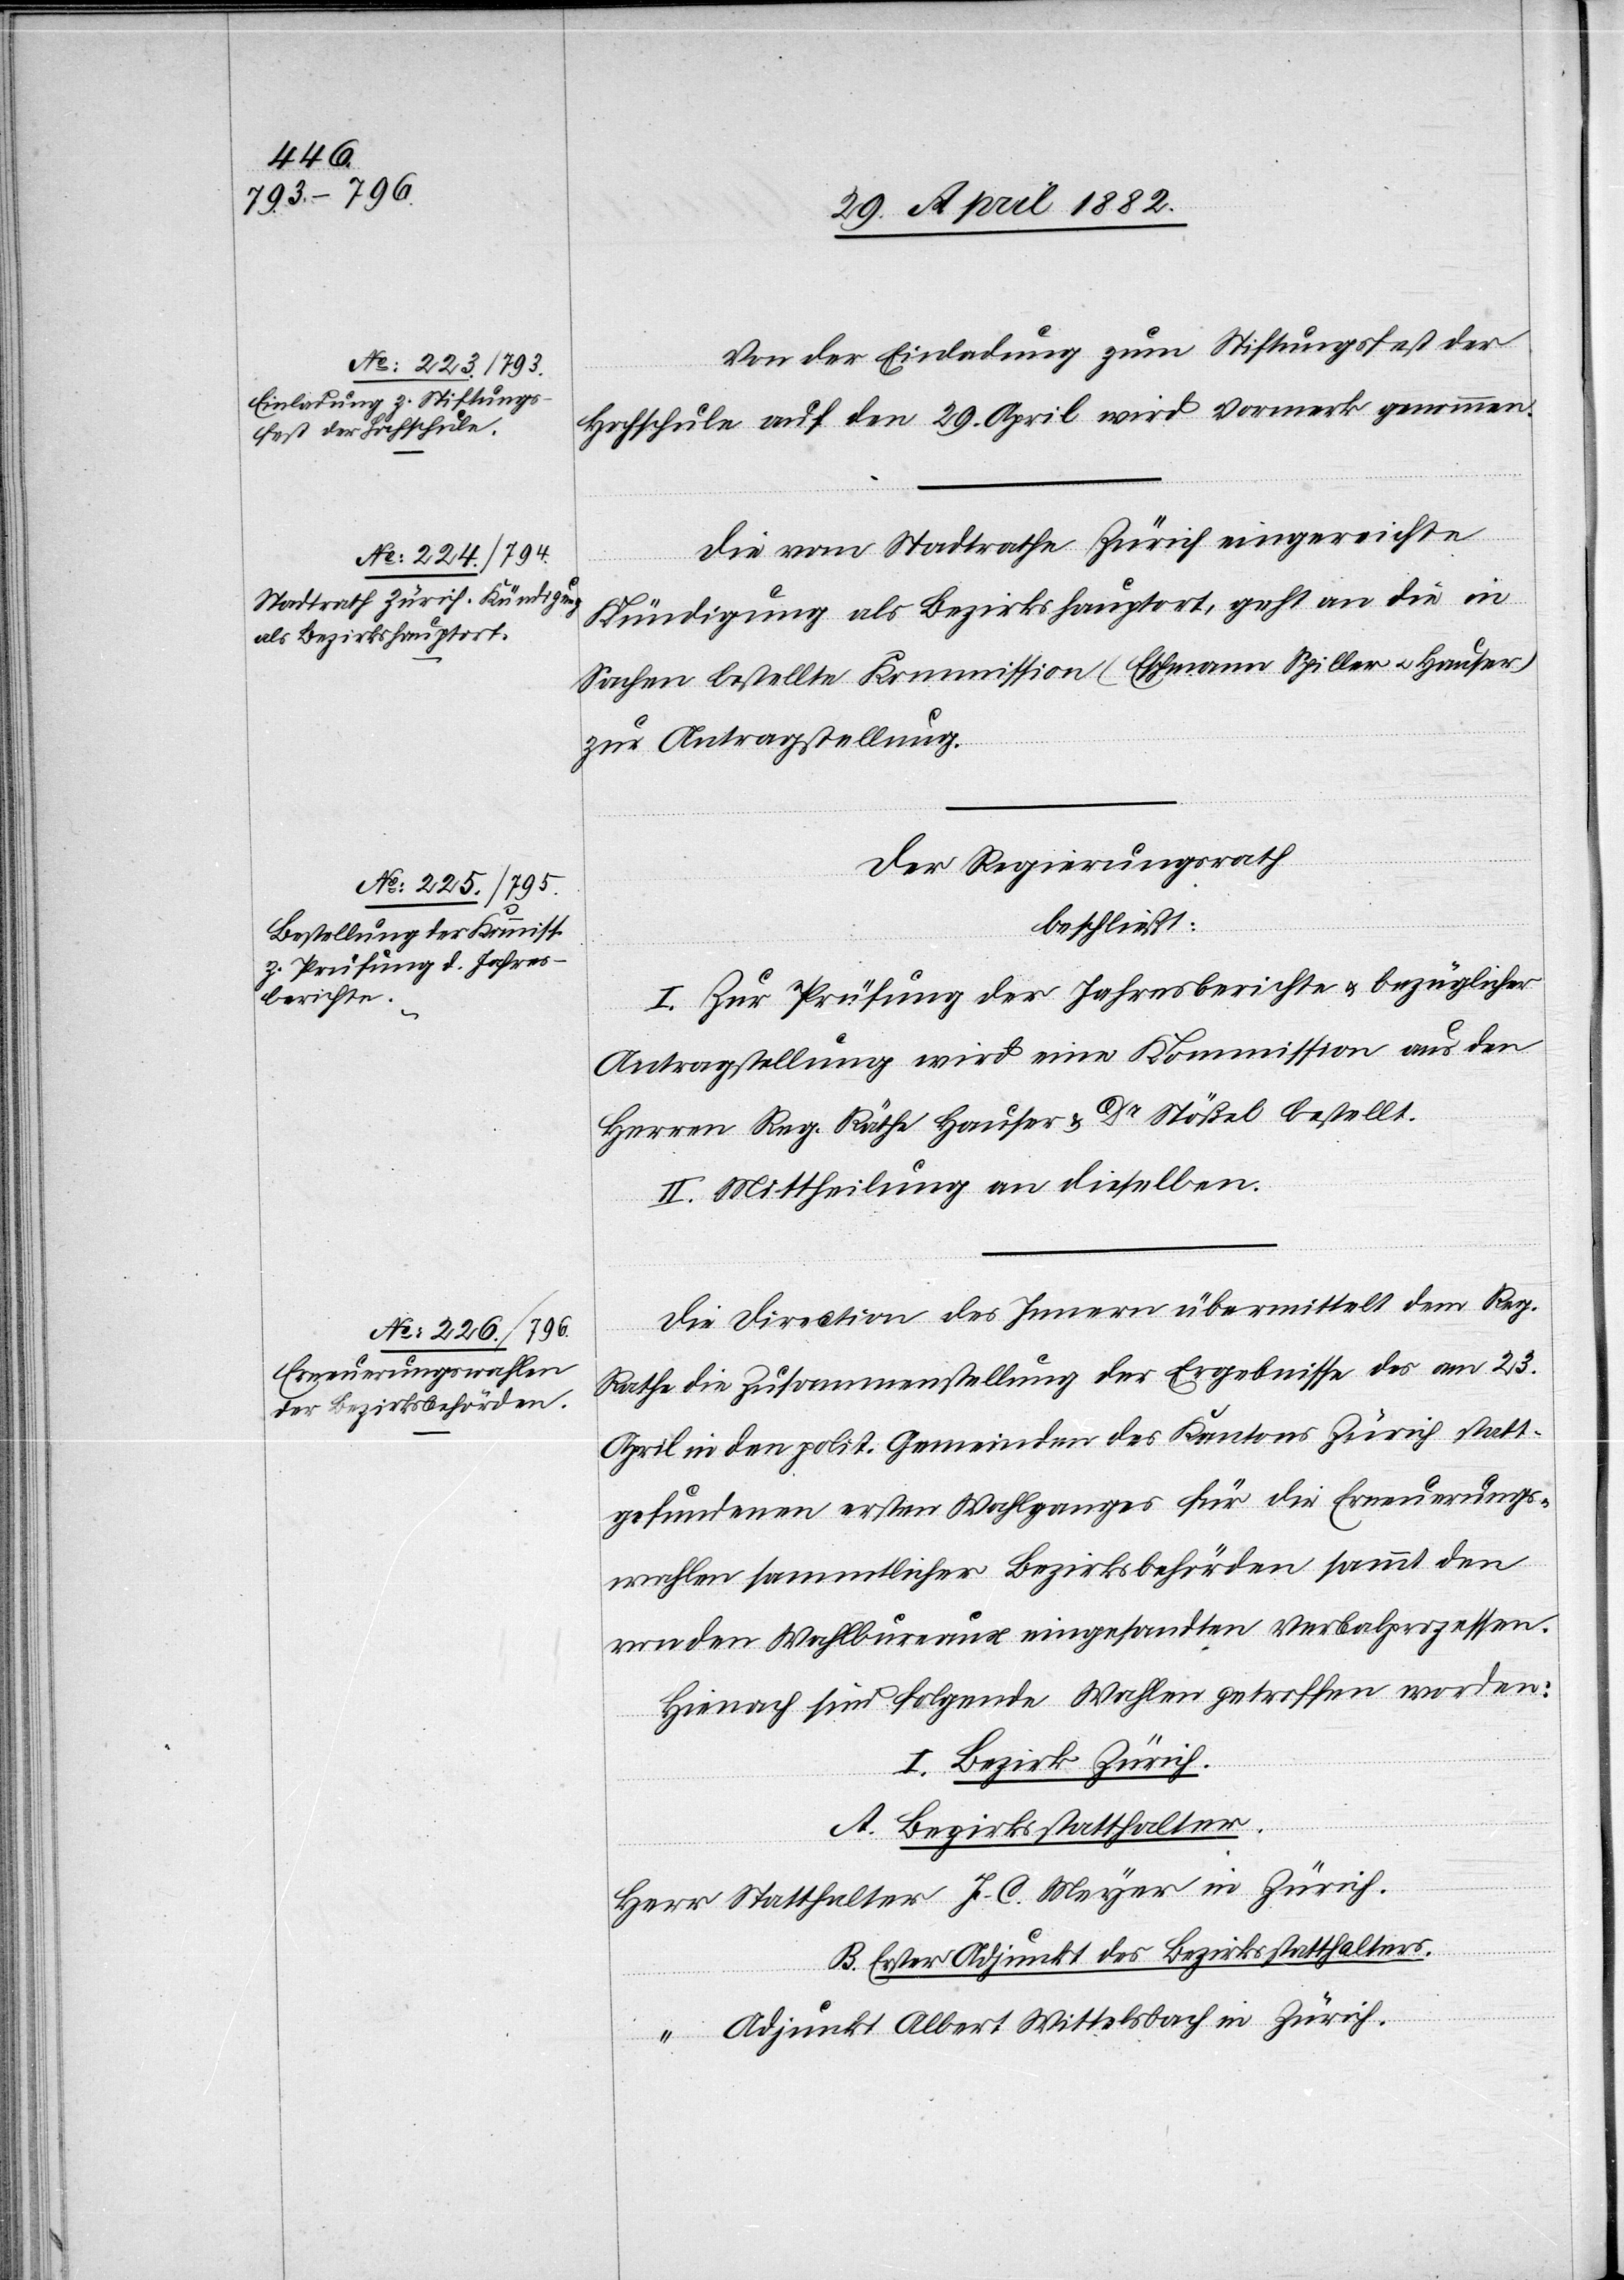
Von der Einladung zum Stiftungsfest der
Hochschule auf den 29. April wird Vormerk genommen.
Die vom Stadtrathe Zürich eingereichte
Kündigung als Bezirkshauptort, geht an die in
Sachen bestellte Kommission (Eschmann[,] Spiller u. Hauser)
zur Antragstellung.
Der Regierungsrath
beschließt:
I. Zur Prüfung der Jahresberichte u. bezüglicher
Antragstellung wird eine Kommission aus den
Herren Reg. Rath Hauser & Dr Stößel bestellt.
II. Mittheilung an dieselben.
Die Direction des Innern übermittelt dem Reg.
Rathe die Zusammenstellung der Ergebnisse des am 23.
April in den polit. Gemeinden des Kantons Zürich statt¬
gefundenen ersten Wahlganges für die Erneuerungs¬
wahlen sämmtlicher Bezirksbehörden sammt den
von den Wahlbureaux eingesandten Verbalprozessen.
Hienach sind folgende Wahlen getroffen worden:
I. Bezirk Zürich.
A. Bezirksstatthalter.
B. Erster Adjunkt des Bezirksstatthalters.